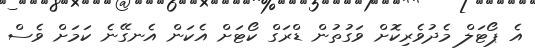
އެ ޕޯޓަލް މެދުވެރިކޮށް ވަގުތުން ޑްރަގް ކޯޓަށް އެކަން އެނގޭނެ ކަމަށް ވެސް